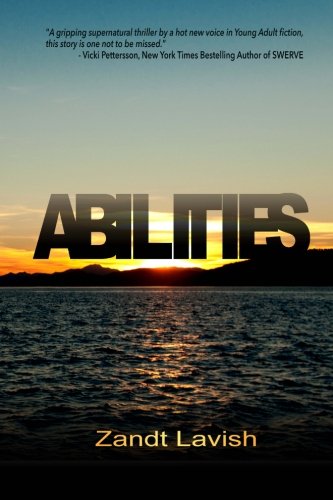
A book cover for Abilites; Zandt Lavish; Science Fiction & Fantasy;